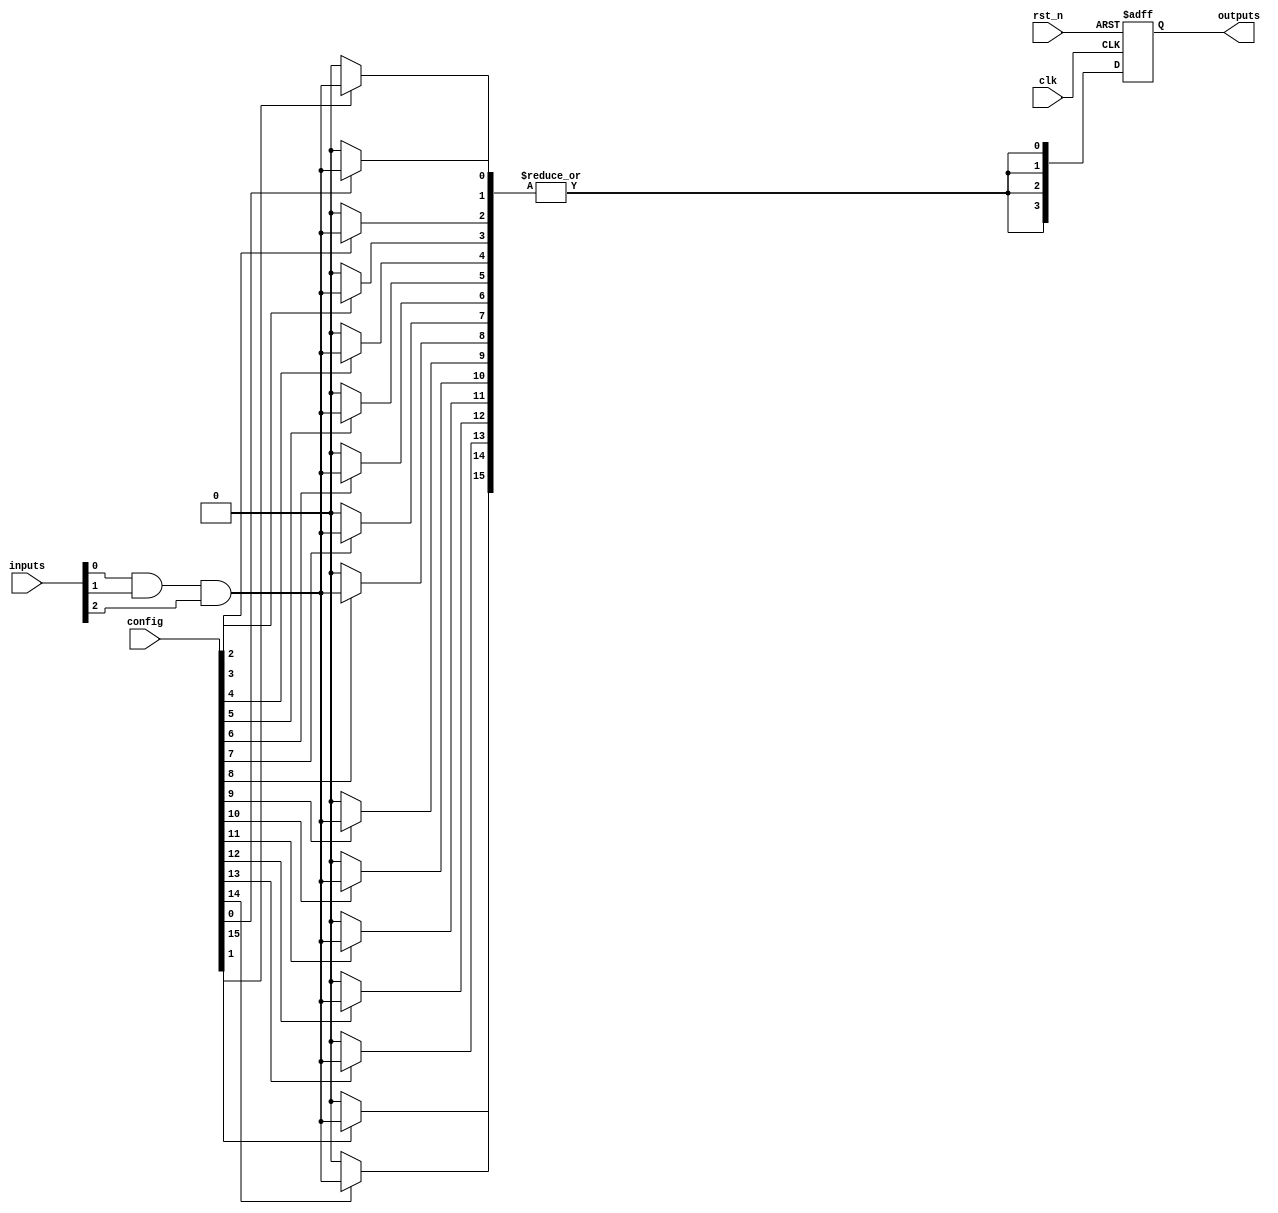
module RPAL #(
    parameter NUM_INPUTS = 8,    // Number of inputs
    parameter NUM_OUTPUTS = 4,    // Number of outputs
    parameter NUM_PROD_TERMS = 16  // Number of product terms in AND plane
)(
    input wire [NUM_INPUTS-1:0] inputs,          // Input signals
    input wire clk,                               // Clock signal
    input wire rst_n,                            // Active low reset
    input wire [NUM_PROD_TERMS-1:0] config,      // Configuration for AND plane
    output reg [NUM_OUTPUTS-1:0] outputs         // Registered outputs
);

    // Internal signals
    wire [NUM_PROD_TERMS-1:0] product_terms;     // Product terms from AND plane
    wire [NUM_OUTPUTS-1:0] or_outputs;            // Outputs from OR plane

    // Generate product terms (AND plane)
    genvar i, j;
    generate
        for (i = 0; i < NUM_PROD_TERMS; i = i + 1) begin : and_plane
            assign product_terms[i] = (config[i]) ? (inputs[0] & inputs[1] & inputs[2]) : 1'b0; // Example logic
        end
    endgenerate

    // OR plane logic to combine product terms
    generate
        for (j = 0; j < NUM_OUTPUTS; j = j + 1) begin : or_plane
            assign or_outputs[j] = |product_terms; // Example OR operation
        end
    endgenerate

    // Registered outputs with synchronous reset
    always @(posedge clk or negedge rst_n) begin
        if (!rst_n) begin
            outputs <= {NUM_OUTPUTS{1'b0}}; // Reset outputs to 0
        end else begin
            outputs <= or_outputs; // Latch outputs on clock edge
        end
    end
endmodule